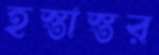
হস্তাস্তর